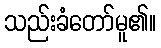
သည်းခံတော်မူ၏။